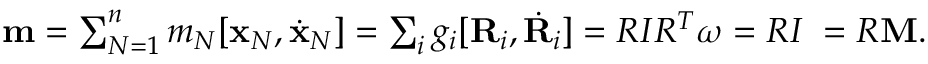
\begin{array} { r } { { \bf m } = \sum _ { N = 1 } ^ { n } m _ { N } [ { \bf x } _ { N } , \dot { \bf x } _ { N } ] = \sum _ { i } g _ { i } [ { \bf R } _ { i } , \dot { \bf R } _ { i } ] = R I R ^ { T } { \boldsymbol \omega } = R I { \bf \Omega } = R { \bf M } . } \end{array}